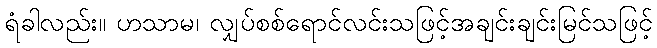
ရံခါလည်း။ ဟသာမ၊ လျှပ်စစ်ရောင်လင်းသဖြင့်အချင်းချင်းမြင်သဖြင့်